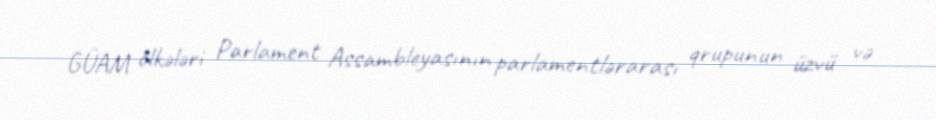
GÜAM ölkələri Parlament Assambleyasının parlamentlərarası qrupunun üzvü və